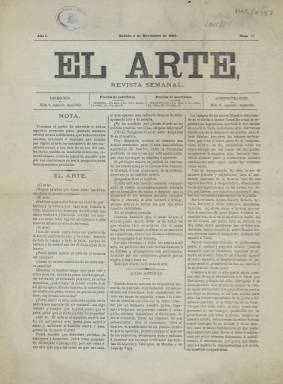
Título: El Arte (Madrid. 1869)
Colección: Cultura || Revistas de información general
Ámbito geográfico: Madrid
Lugar de publicación: Madrid
Fechas: 06/11/1869-13/11/1869

Subtitulado pomposamente Revista Semanal, se trata de un pequeño periódico de cuatro páginas que debió de tener una vida efímera, dado el casi inexistente rastro que ha dejado en la historia de la prensa. La BNE solo posee dos números de esta publicación, los dos primeros, pero no da la impresión de que se editaran muchos más.

   En la última página, en ambos números, el periódico incluye su declaración de intenciones:

   ‘Ei Arte se ocupará de la historia crítica y filosófica de las bellas artes, de revista de teatros y bibliográfica, y tendrá dos secciones especiales, una en que se insertarán anécdotas verídicas de los artistas célebres, y otra en que insertará gratuitamente anuncios, comunicados, reclamaciones y cuanto tenga parte materialmente en las empresas artísticas, así como las reclamaciones de abonados, artistas y empleados en estas mismas empresas’.

   También prometía, en caso de tener buena acogida del público, dar frecuentes regalos a sus suscriptores, como ‘trozos de música poco conocidos de los primeros maestros, facsímiles, retratos y poesías de escritores, pintores, etc’.

  La música parece haber sido el primer interés de la publicación. Así, en el primer número, con continuación en el segundo, podemos ver cómo uno de los principales contenidos está dedicado a la figura del compositor Rossini, quien había muerto en París el año anterior.

    En el primer número no se informa sobre el editor o director de la publicación, pero en el segundo se incluye en primera página una relación de colaboradores de gran talla artística: la lista va encabeza por el dramaturgo Juan Eugenio Hartzenbusch, quien era en ese momento director de la Biblioteca Nacional, y le siguen entre otros el periodista y escritor Antonio Sánchez Pérez, seguidor del político republicano Pi i Margall, el autor de comedias y zarzuelas Miguel Ramos Carrión o el virtuoso del clarinete y editor de música Antonio Romero y Andía.

  El Arte se imprimía en la misma imprenta que La Discusión, uno de los principales periódicos del momento, de ideario republicano, por lo que es de suponer que su dirección estaba ligada a la de este periódico.

[Descripción publicada el 16/8/2022]